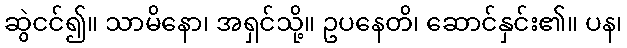
ဆွဲငင်၍။ သာမိနော၊ အရှင်သို့။ ဥပနေတိ၊ ဆောင်နှင်း၏။ ပန၊